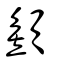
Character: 𩓣